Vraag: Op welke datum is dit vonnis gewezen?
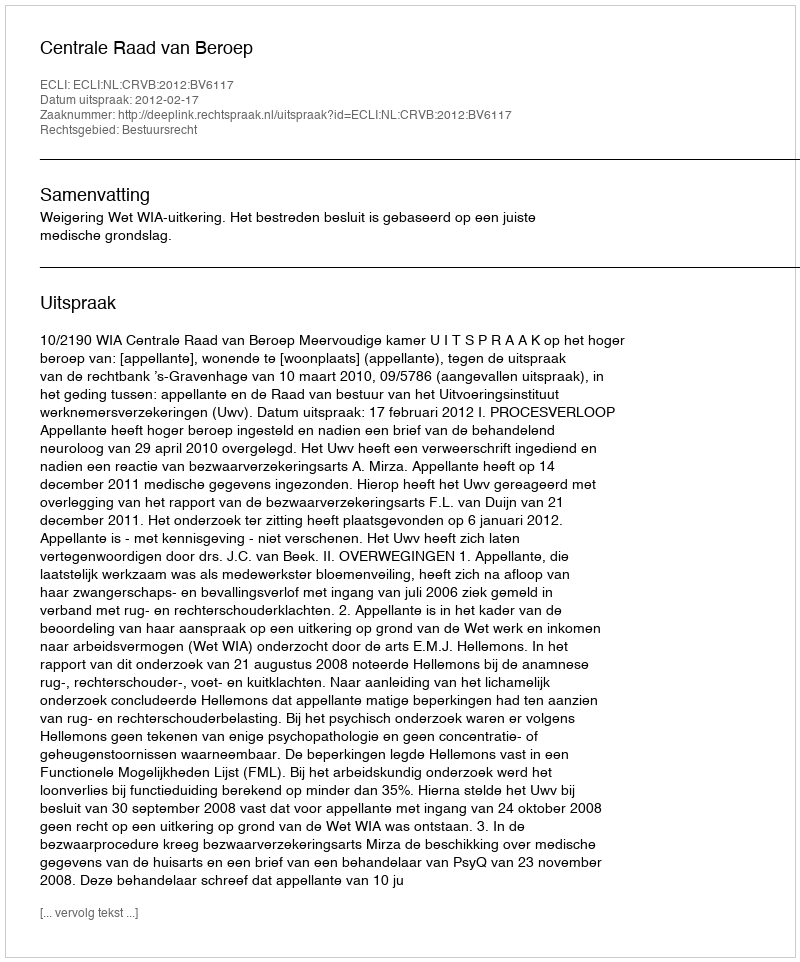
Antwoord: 2012-02-17